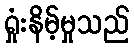
ရှုံးနိမ့်မှုသည်